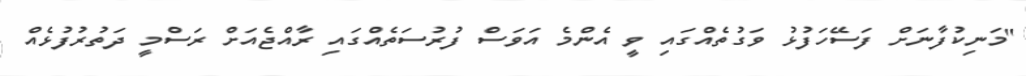
"މަނިކުފާނަށް ފަސޭހަފުޅު ވަގުތެއްގައި ވީ އެންމެ އަވަސް ފުރުސަތެއްގައި ރާއްޖެއަށް ރަސްމީ ދަތުރުފުޅެއް